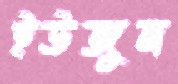
ইউজুন